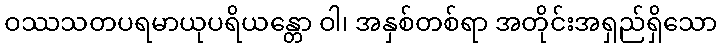
ဝဿသတပရမာယုပရိယန္တော ဝါ၊ အနှစ်တစ်ရာ အတိုင်းအရှည်ရှိသော